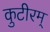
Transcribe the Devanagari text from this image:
कुटीरम्